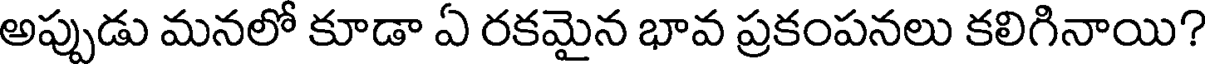
అప్పుడు మనలో కూడా ఏ రకమైన భావ ప్రకంపనలు కలిగినాయి?